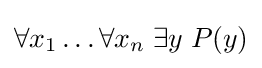
\forall x_{1}\ldots \forall x_{n}\;\exists y\;P(y)